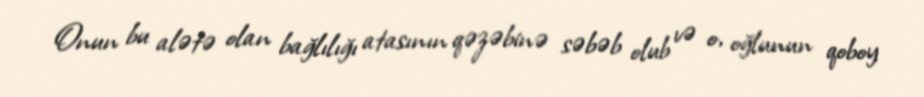
Onun bu alətə olan bağlılığı atasının qəzəbinə səbəb olub və o, oğlunun qoboy